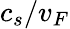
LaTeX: c_{s}/v_{F}